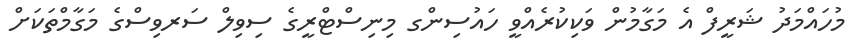
މުހައްމަދު ޝަރީފް އެ މަގާމުން ވަކިކުރެއްވީ ހައުސިންގ މިނިސްޓްރީގެ ސިވިލް ސަރވިސްގެ މަގާމްތަކަށް